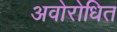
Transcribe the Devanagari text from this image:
अवोरोधित